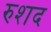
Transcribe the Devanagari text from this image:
रुशद